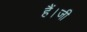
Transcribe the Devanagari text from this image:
हैं।जी